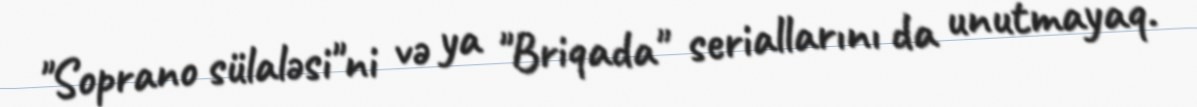
"Soprano sülaləsi"ni və ya "Briqada" seriallarını da unutmayaq.